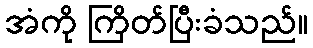
အံကို ကြိတ်ပြီးခံသည်။